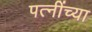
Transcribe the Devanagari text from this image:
पत्नींच्या